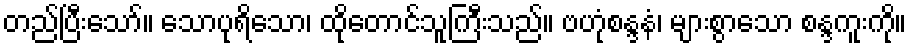
တည်ပြီးသော်။ သောပုရိသော၊ ထိုတောင်သူကြီးသည်။ ဗဟုံစန္ဒနံ၊ များစွာသော စန္ဒကူးကို။